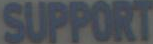
SUPPORT